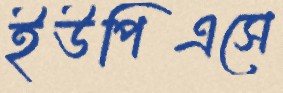
ইউপিএসে